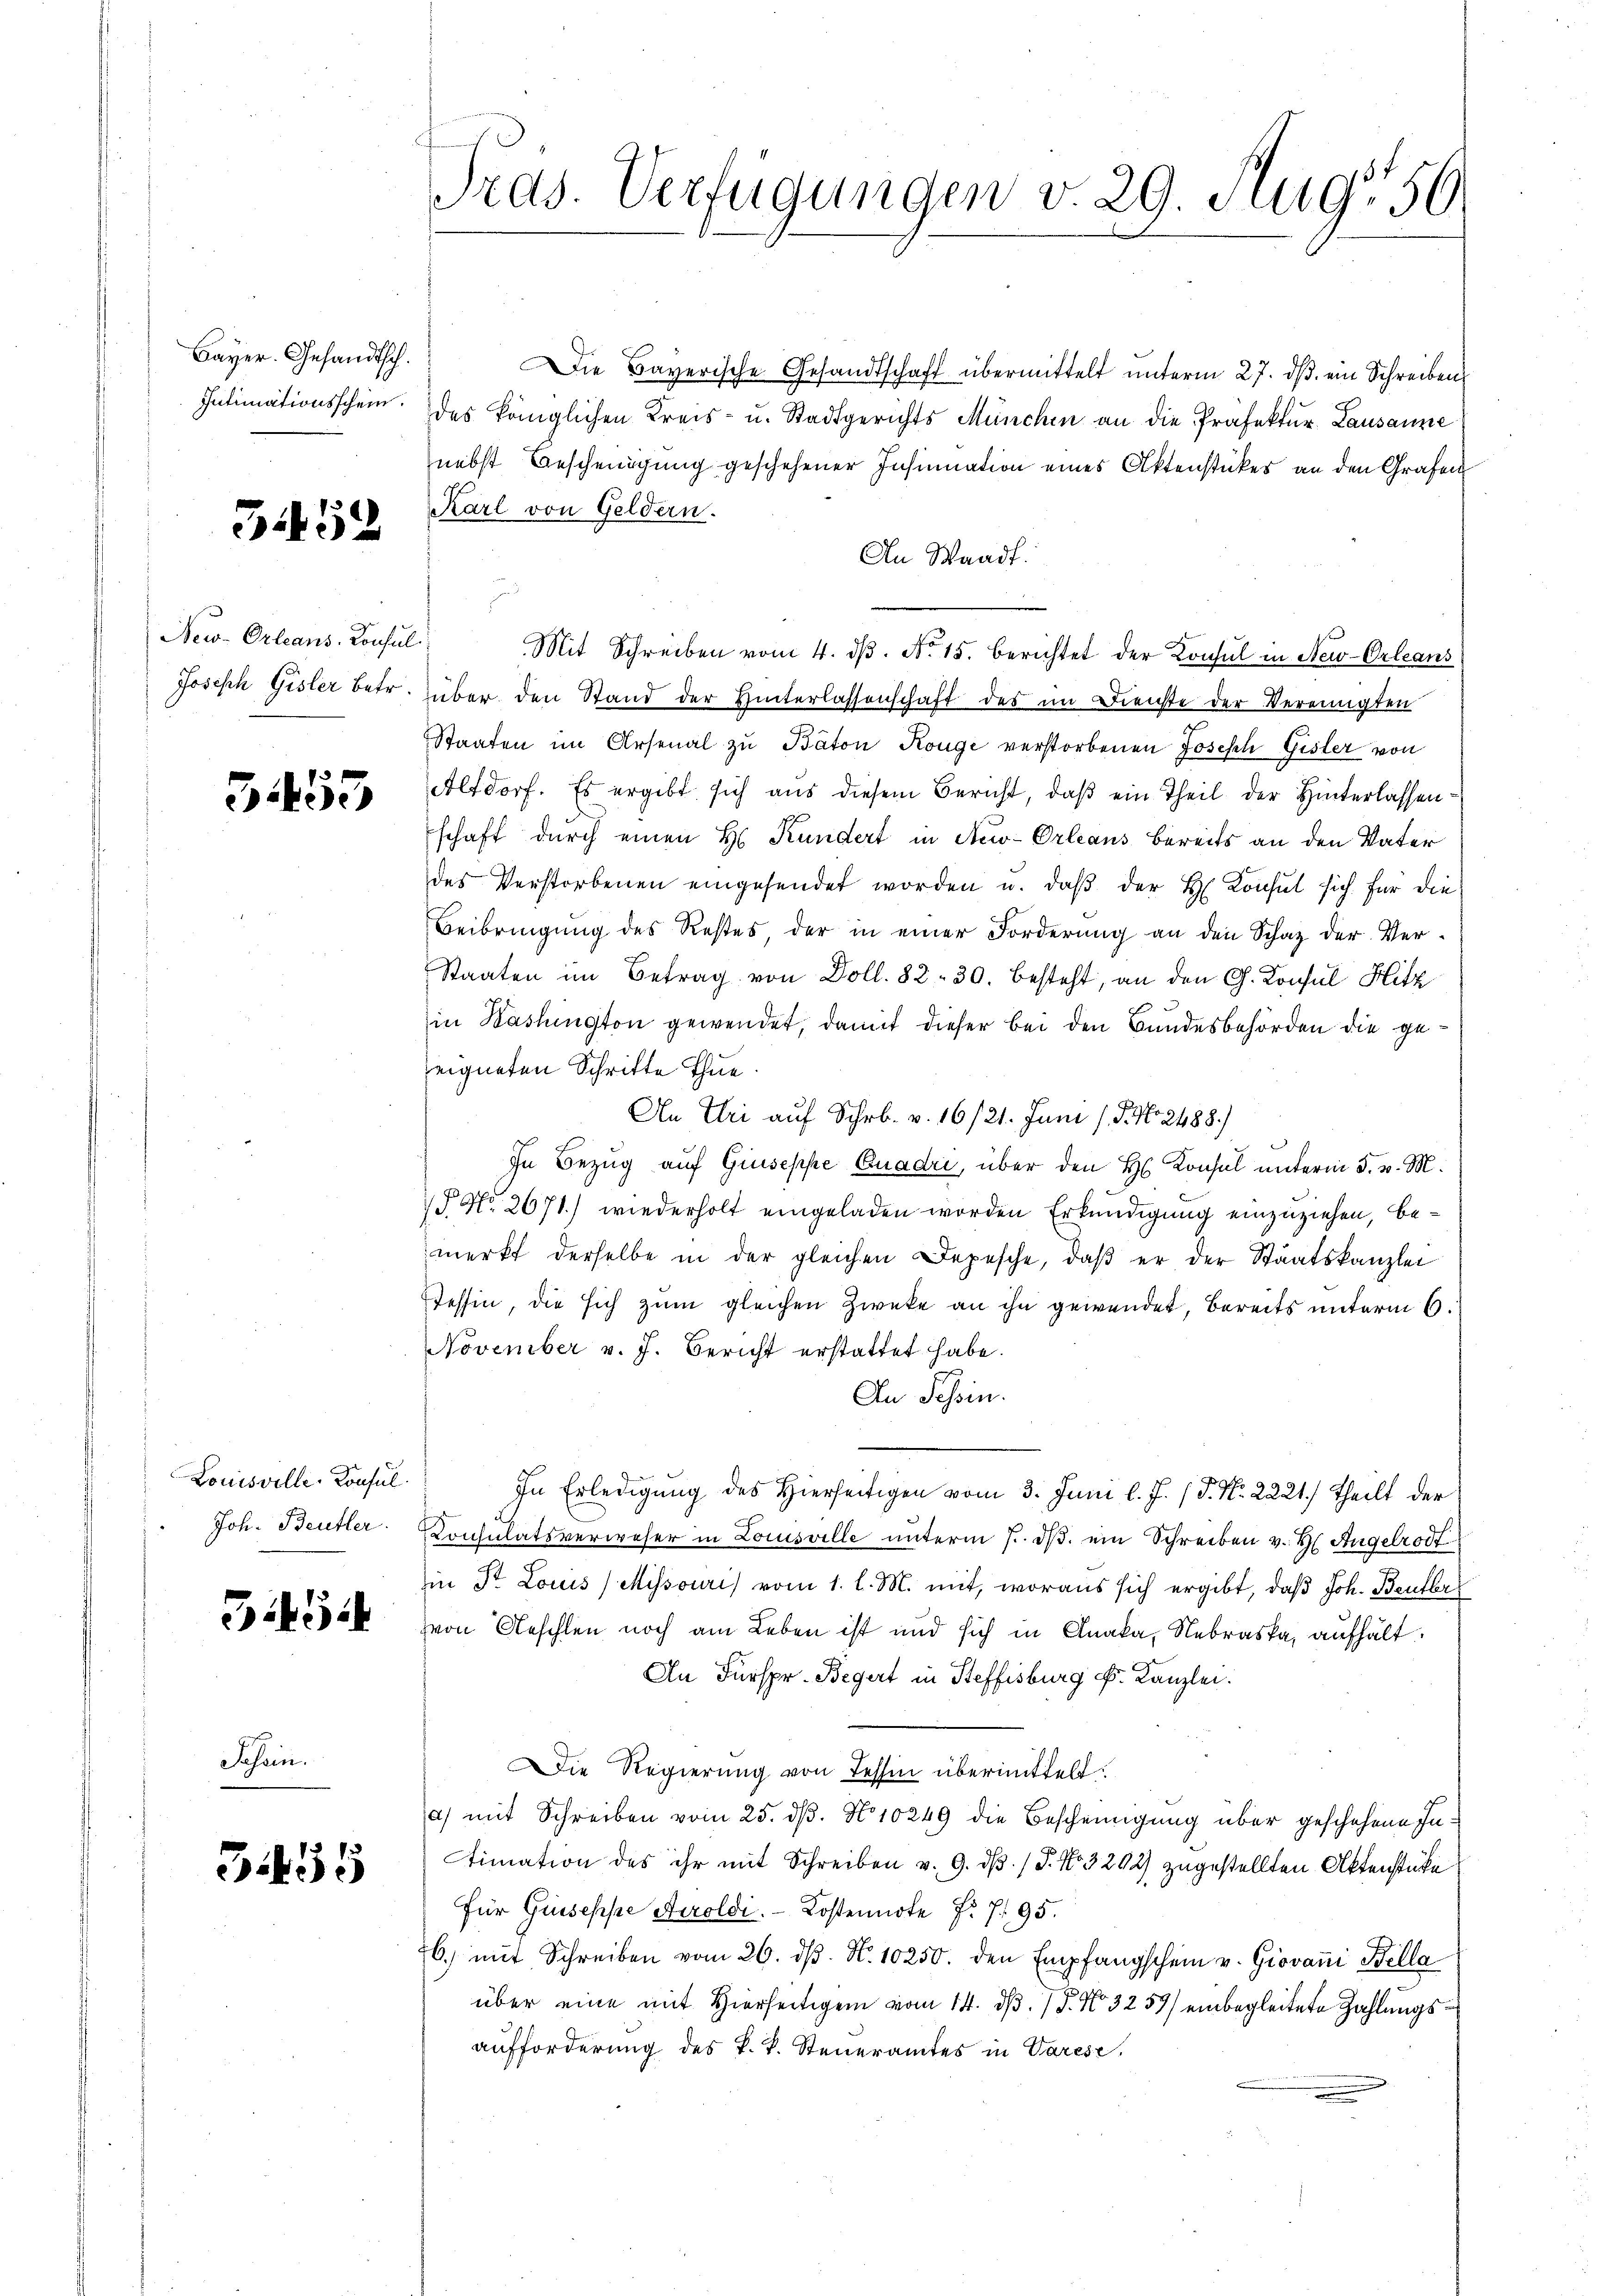
Bayer. Gesandtsch.
Intimationsschein.

5452

New-Orleans Konsul
Joseph Gisler betr.

3453

Louisville-Konsul
Joh. Beutter.

Bi45

Schein.

3455

4
Tras. Verfügungen v. 29. Augs

Die Taverische Gesandtschaft übermittelt unterm 27. ds. ein Schreiben
des königlichen Kreis- u. Stadtgerichts München an die Präfektur Lausanne
nebst Bescheinigung geschehener Insinuation eines Aktenstückes an den Grafen
Karl von Geldern.
An Waadt.
e
Mit Schreiben vom 4. dβ. No 15. berichtet der Konsul in New-Orleans
über den Stand der Hinterlassenschaft des im Dienste der Vereinigten
Staaten im Arsenal zu Báton Kouge verstorbenen Joseph Gisler von
Altdorf. Es ergibt sich aus diesem Bericht, daß ein Theil der Hinterlassenschaft durch einen H. Kundert in New-Orleans bereits an den Vater
des Verstorbenen eingesendet worden u. daβ der H. Konsul sich für die
Beibringung des Restes der in einer Forderŭng an den Schaz der Ver-
Staaten im Betrag von Doll. 82. 30. besteht, an den G. Konsul Hitz
in Washington gewendet, damit dieser bei den Bundesbehörden die geseigneten Schrifte thue.
An Uri auf Schr. v. 16/21. Juni 18. No. 2488.)
In Bezug auf Giuseppe Quadri, über den H. Konsul unterm 5. v. M.
§ No. 2671) wiederholt eingeladen worden Erkundigung einzuziehen, bemerkt derselbe in der gleichen Depesche, daβ er der Staatskanzlei
Tessin, die sich zum gleichen Zwecke an ihn gewendet, bereits unterm 6.
November v. J. Bericht erstattet habe.
An Tessin.
In Erledigung des Hierseitigen vom 3. Juni l. J. J. No. 2221) Theilt der
Consulatsverweser in Louisville ŭnterm 7. dβ. ein Schreiben v. H. Angelrodt
in Dr Louis (Mihsouri) vom 1. l. M. mit, woraus sich ergibt, daß Joh. Beuter
von Aeschlen noch am Leben ist und sich in Anaka, Nebraska, aufhält.
An Fürspr. Begert in Steffisburg k. Kanzlei.
Die Regierung von Tessin übermittelt.
a) mit Schreiben vom 25. ds. No 10249 die Bescheinigung über geschehene Intimation des ihr mit Schreiben v. 9. dβ. / P. Nr. 3292) zugestellten Aktenstücke
für Guseppe Tiroldi. - Kostennote f. 795.
6. mit Schreiben vom 26. dβ. N. 10250. den Empfangschein v. Giovani Bella
über eine mit Hierseitigen vom 14. d. 1. No. 3259) einbegleitete Zahlungsaufforderung des k. k. Steueramtes in Varese,